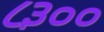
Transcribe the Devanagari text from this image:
८३००